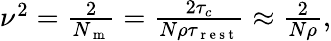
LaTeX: \begin{array}{r}{\nu^{2}=\frac{2}{N_{\mathrm{~m~}}}=\frac{2\tau_{c}}{N\rho\tau_{\mathrm{~r~e~s~t~}}}\approx\frac{2}{N\rho},}\end{array}